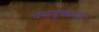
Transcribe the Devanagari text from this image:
धंमयुक्तांना